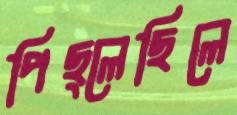
পিছ্‌লেছিলে